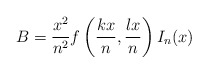
\begin{align*}B=\frac{x^2}{n^2}f\left(\frac{kx}{n},\frac{lx}{n}\right)I_n(x)\end{align*}